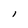
Character: I